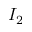
I _ { 2 }